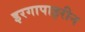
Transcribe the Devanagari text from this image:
इरगापाइरीन